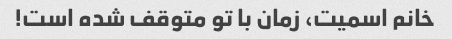
خانم اسمیت، زمان با تو متوقف شده است!